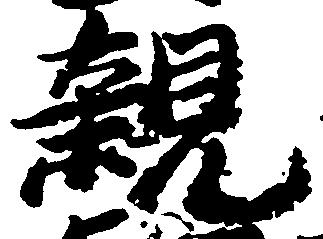
親